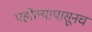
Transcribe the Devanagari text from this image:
पहील्यापासूनच